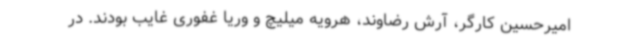
امیرحسین کارگر، آرش رضاوند، هرویه میلیچ و وریا غفوری غایب بودند. در